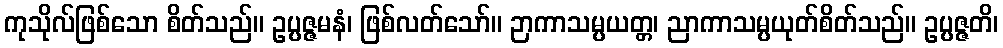
ကုသိုလ်ဖြစ်သော စိတ်သည်။ ဥပ္ပဇ္ဇမနံ၊ ဖြစ်လတ်သော်။ ဉာကာသမ္ပယတ္တ၊ ညာကာသမ္ပယုတ်စိတ်သည်။ ဥပ္ပဇ္ဇတိ၊